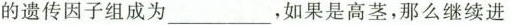
的遗传因子组成为___,如果是高茎，那么继续进